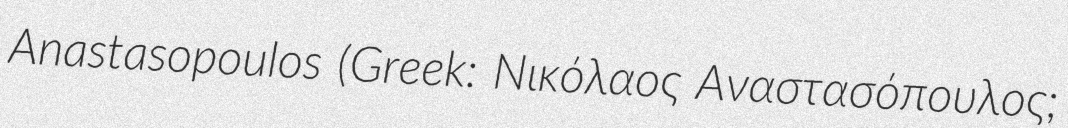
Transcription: Anastasopoulos (Greek: Νικόλαος Αναστασόπουλος;